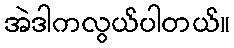
အဲဒါကလွယ်ပါတယ်။